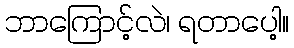
ဘာကြောင့်လဲ၊ ရတာပေါ့။